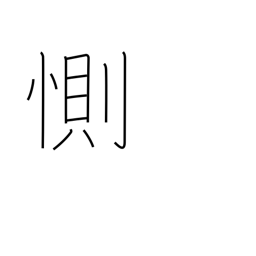
Meaning: be sad